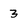
Character: 3